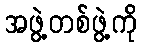
အဖွဲ့တစ်ဖွဲ့ကို